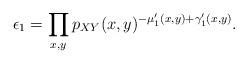
LaTeX: \begin{align*}\epsilon_1=\prod_{x,y}p_{XY}(x,y)^{-\mu'_1(x,y)+\gamma'_1(x,y)} .\end{align*}